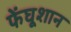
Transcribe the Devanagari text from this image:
फेंघूशान